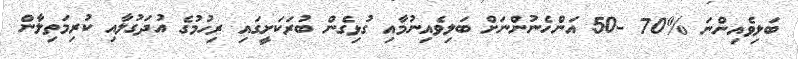
ބަލިވެއިންނަ %70 -50 އަންހެނުންނަށް ބަލިވެއިނުމާއި ގުޅިގެން ބުރަކަށީގައި ރިހުމުގެ އުދަގުލާއި ކުރިމަތިލާން